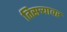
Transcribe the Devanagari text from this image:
तिसऱ्यावर